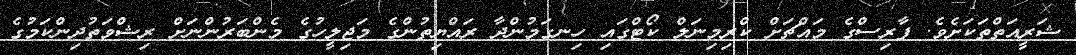
ޝަރީއަތްތަކަށެވެ. ފާރިސްގެ މައްޗަށް ކްރިމިނަލް ކޯޓްގައި ހިނގަމުންދާ ރައްޔިތުންގެ މަޖިލީހުގެ މެންބަރުންނަށް ރިޝްވަތުދިންކަމުގެ